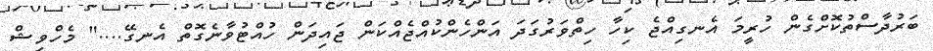
ބަރުދާސްތުކޮށްގެން ހުރީމަ އެނގިއްޖެ ކިހާ ހިތްވަރުގަދަ އަންހެންކުއްޖެއްކަން ޖައިދަން ހުއްޓުވާނެގޮތް އެނގޭ...." މެހްވިޝް